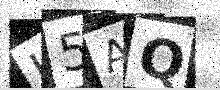
Text: J5AQ